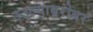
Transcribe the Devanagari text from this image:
उठल्याबरोबर